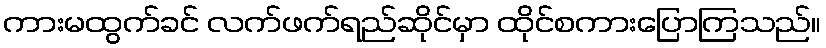
ကားမထွက်ခင် လက်ဖက်ရည်ဆိုင်မှာ ထိုင်စကားပြောကြသည်။